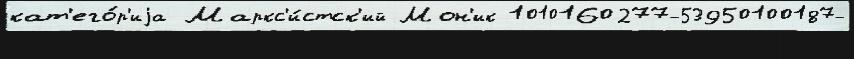
кат'его́р'иjа Маркс'и́стск'ий Мон'ик 1010160277-53950100187-